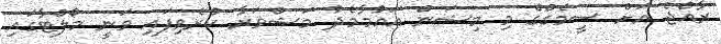
ރާއްޖެ އަށް ސީމެގްގެ މި މިޝަން އައުމާމެދު މަޝްވަރާ ކުރެވިފައި ވަނީ މޯލްޓާގައި